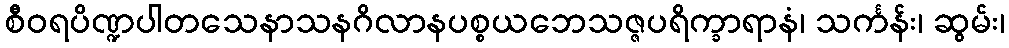
စီဝရပိဏ္ဍပါတသေနာသနဂိလာနပစ္စယဘေသဇ္ဇပရိက္ခာရာနံ၊ သင်္ကန်း၊ ဆွမ်း၊